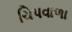
ચિપવાળા